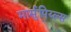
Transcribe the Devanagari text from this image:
मार्सुपिय्ल्स